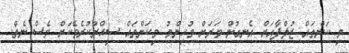
މި ކަންތައް ޒުލްފާއަށް އެނގުން ވަރަށް މުހިންމު މިކަންތައް ސިއްރުކުރެވޭކަށް ވެސް ނެތް.